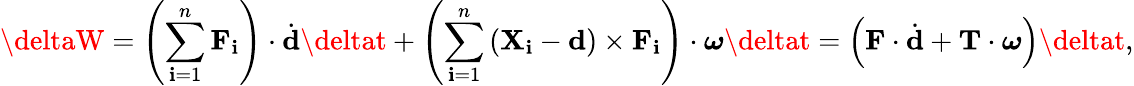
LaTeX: \deltaW=\left(\sum_{\mathbf{i}=1}^{n}\mathbf{{F}}_{\mathbf{i}}\right)\cdot{\dot{{\mathbf{{d}}}}}\deltat+\left(\sum_{\mathbf{i}=1}^{n}\left(\mathbf{{X}}_{\mathbf{i}}-\mathbf{{d}}\right)\times\mathbf{{F}}_{\mathbf{i}}\right)\cdot{\boldsymbol{\omega}}\deltat=\left(\mathbf{{F}}\cdot{\dot{{\mathbf{{d}}}}}+\mathbf{{T}}\cdot{\boldsymbol{\omega}}\right)\deltat,